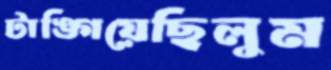
টাঙ্গিয়েছিলুম